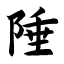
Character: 陲